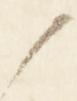
候